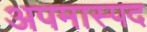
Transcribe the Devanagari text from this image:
अपमास्पद